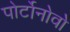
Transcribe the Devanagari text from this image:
पोर्टोनोवो